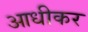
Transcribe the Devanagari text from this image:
आधीकर